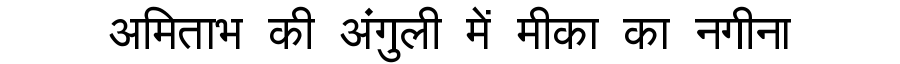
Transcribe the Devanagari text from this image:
अमिताभ की अंगुली में मीका का नगीना